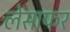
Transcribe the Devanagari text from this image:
लेसाफर